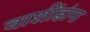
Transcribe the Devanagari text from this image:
वाशींडांना